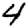
Digit: 4